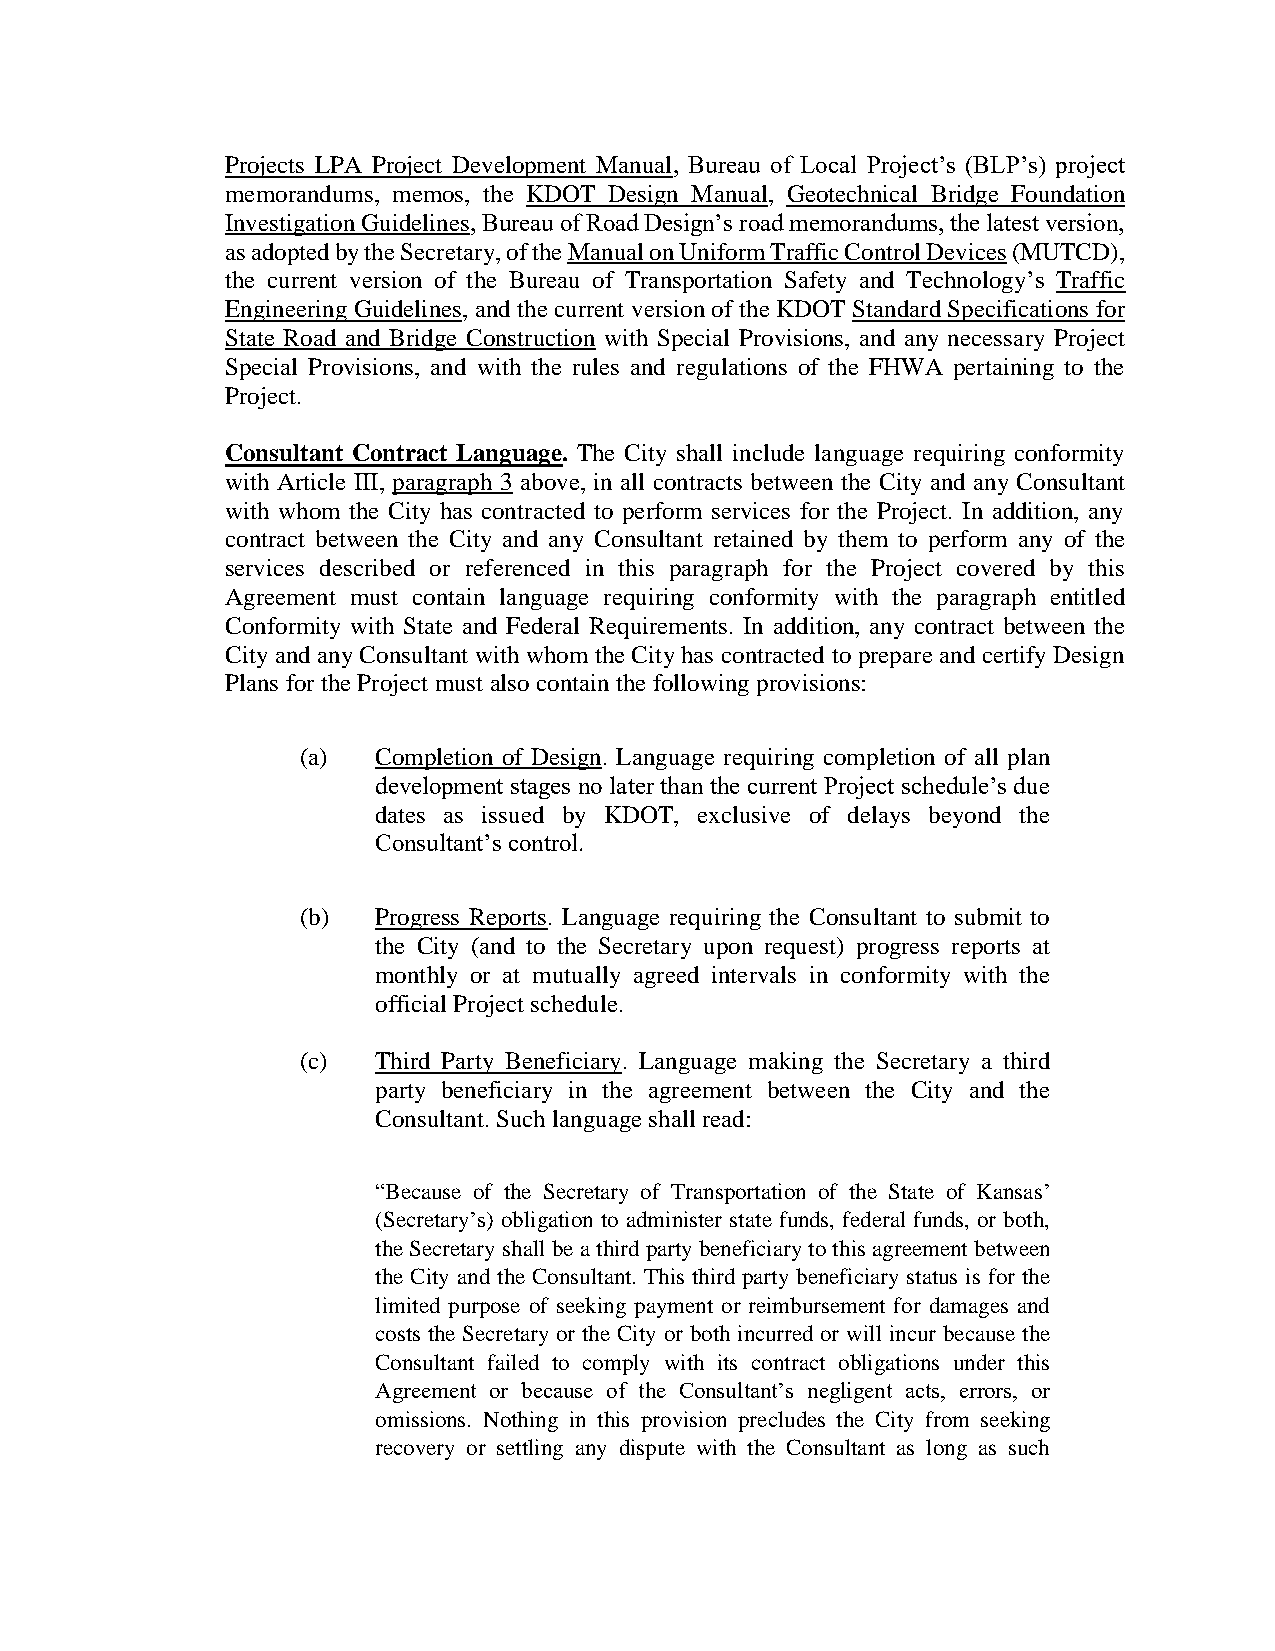
Projects LPA Project Development Manual, Bureau of Local Project’s (BLP’s) project
 memorandums, memos, the KDOT Design Manual, Geotechnical Bridge Foundation
 Investigation Guidelines, Bureau of Road Design’s road memorandums, the latest version,
 as adopted by the Secretary, of the Manual on Uniform Traffic Control Devices (MUTCD),
 the current version of the Bureau of Transportation Safety and Technology’s Traffic
 Engineering Guidelines, and the current version of the KDOT Standard Specifications for
 State Road and Bridge Construction with Special Provisions, and any necessary Project
 Special Provisions, and with the rules and regulations of the FHWA pertaining to the
 Project.
 Consultant Contract Language. The City shall include language requiring conformity
 with Article III, paragraph 3 above, in all contracts between the City and any Consultant
 with whom the City has contracted to perform services for the Project. In addition, any
 contract between the City and any Consultant retained by them to perform any of the
 services described or referenced in this paragraph for the Project covered by this
 Agreement must contain language requiring conformity with the paragraph entitled
 Conformity with State and Federal Requirements. In addition, any contract between the
 City and any Consultant with whom the City has contracted to prepare and certify Design
 Plans for the Project must also contain the following provisions:
 (a)  Completion of Design. Language requiring completion of all plan
 development stages no later than the current Project schedule’s due
 dates as issued by KDOT, exclusive of delays beyond the
 Consultant’s control.
 (b)  Progress Reports. Language requiring the Consultant to submit to
 the City (and to the Secretary upon request) progress reports at
 monthly or at mutually agreed intervals in conformity with the
 official Project schedule.
 (c)  Third Party Beneficiary. Language making the Secretary a third
 party beneficiary in the agreement between the City and the
 Consultant. Such language shall read:
 “Because of the Secretary of Transportation of the State of Kansas’
 (Secretary’s) obligation to administer state funds, federal funds, or both,
 the Secretary shall be a third party beneficiary to this agreement between
 the City and the Consultant. This third party beneficiary status is for the
 limited purpose of seeking payment or reimbursement for damages and
 costs the Secretary or the City or both incurred or will incur because the
 Consultant failed to comply with its contract obligations under this
 Agreement or because of the Consultant’s negligent acts, errors, or
 omissions. Nothing in this provision precludes the City from seeking
 recovery or settling any dispute with the Consultant as long as such